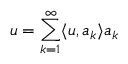
u = \sum _ { k = 1 } ^ { \infty } \langle u , a _ { k } \rangle a _ { k }